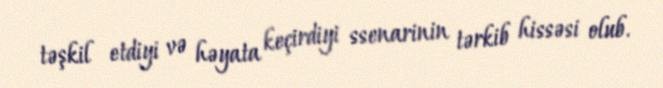
təşkil etdiyi və həyata keçirdiyi ssenarinin tərkib hissəsi olub.